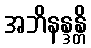
အဘိနန္ဒန္တိ